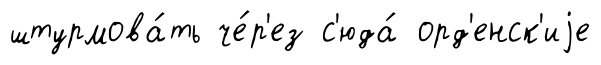
штурмова́ть че́р'ез с'юда́ орд'енск'иjе